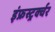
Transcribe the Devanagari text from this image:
इंफ्रस्ट्रर्क्चर